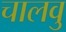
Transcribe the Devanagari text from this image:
चालवु